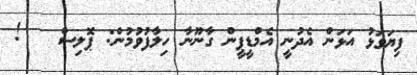
ފިޔަވަޅު އަޅަން އެދުނީ އެމްޑީޕީން ގާނޫނާ ހިލާފުވުމުން: ޕޮލިސް   !